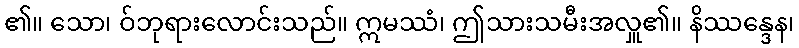
၏။ သော၊ ဝ်ဘုရားလောင်းသည်။ ဣမဿံ၊ ဤသားသမီးအလှူ၏။ နိဿန္ဒေန၊